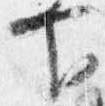
下